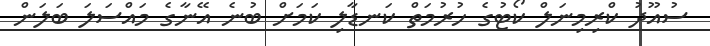
ސުއޫދު ކްރިމިނަލް ކޯޓުގެ ހުރުމަތް ކަނޑާލި ކަމަށް ބުނެ އޭނާގެ މައްސަލަ ބަލަން